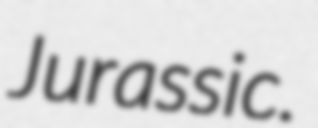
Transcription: Jurassic.